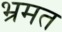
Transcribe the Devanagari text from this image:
भ्रमत